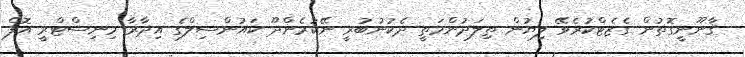
ޤާނޫނީގޮތުން ގެޒެޓްކުރެވޭ ލިޔުން ތިލަދުންމަތީ ދެކުނުބުރީ ނޭކުރެންދޫ ކައުންސިލްގެ އިދާރާ މިނިސްޓްރީ އޮފް